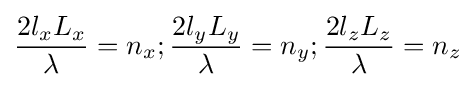
{\frac {2l_{x}L_{x}}{\lambda }}=n_{x};{\frac {2l_{y}L_{y}}{\lambda }}=n_{y};{\frac {2l_{z}L_{z}}{\lambda }}=n_{z}